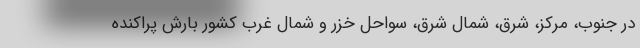
در جنوب، مرکز، شرق، شمال شرق، سواحل خزر و شمال غرب کشور بارش پراکنده